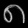
Digit: ၈